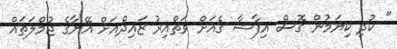
" ކުދި ކިޔަމުން ގޮސް އިފާޝާ ގެއަށް ވަތްއިރު ޒައިދްއަށް އޭނާގެ ޖުމްލަތައް